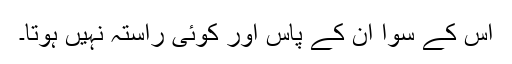
اس کے سوا ان کے پاس اور کوئی راستہ نہیں ہوتا۔